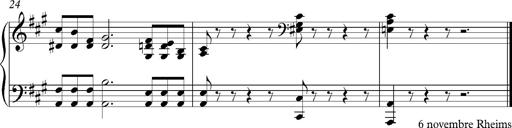
Title: PensÃ©es (Nocturne)
Composer: Franz Liszt
Key: A major